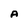
Character: A